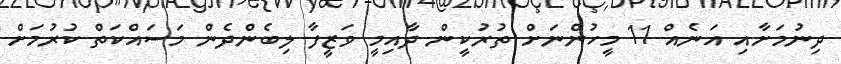
ދިނުމަށާއި އަނެއް 11 މީހުންނަށް ތުރުކީން ދާއިމީ ވަޒީފާ ލިބެންދެން މަސައްކަތް ކުރުމަށް